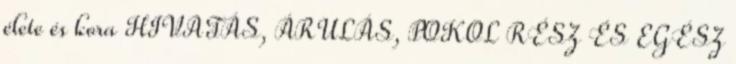
élete és kora HIVATÁS, ÁRULÁS, POKOL RÉSZ ÉS EGÉSZ